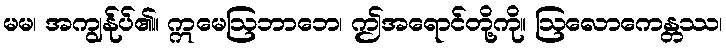
မမ၊ အကျွန်ုပ်၏။ ဣမေဩဘာဘေ၊ ဤအရောင်တို့ကို။ ဩလောကေန္တဿ၊